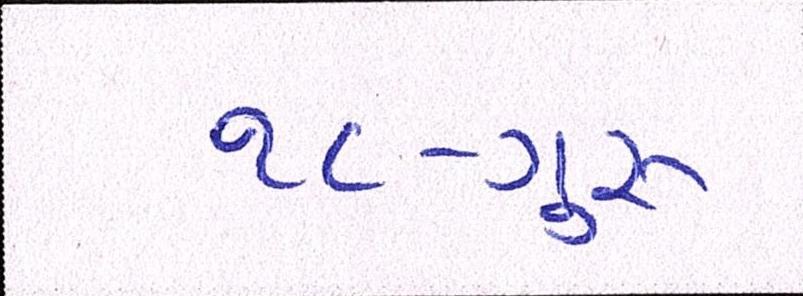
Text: ૧૮-ગુરૂ